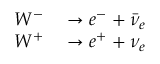
\begin{array} { r l } { W ^ { - } } & { { } \to e ^ { - } + { \bar { \nu } } _ { e } ~ } \\ { W ^ { + } } & { { } \to e ^ { + } + \nu _ { e } ~ } \end{array}